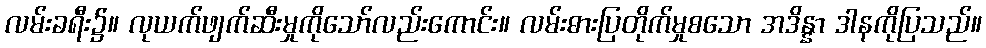
လမ်းခရီး၌။ လုယက်ဖျက်ဆီးမှုကိုသော်လည်းကောင်း။ လမ်းဓားပြတိုက်မှုစသော အဒိန္နာ ဒါနကိုပြသည်။